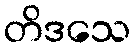
တိဒသေ